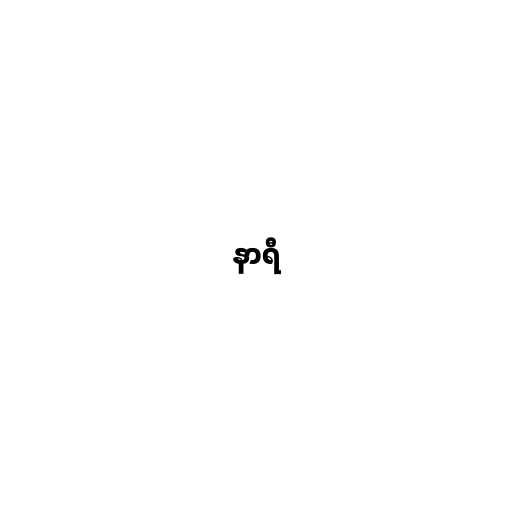
နာရီ